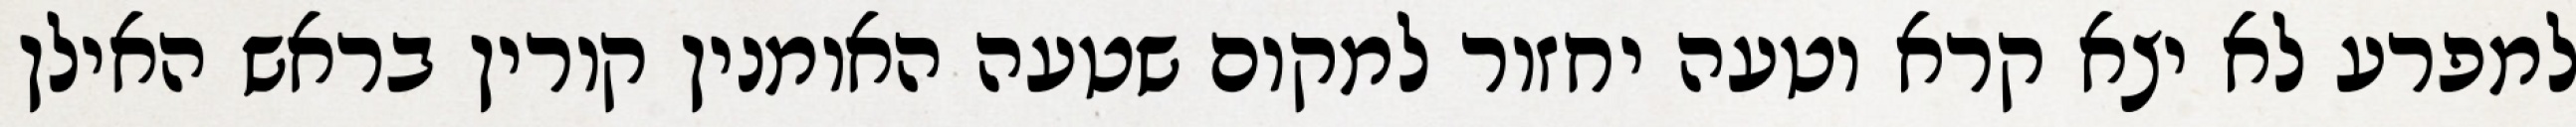
למפרע לא יצא קרא וטעה יחזור למקום שטעה האומנין קורין בראש האילן